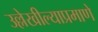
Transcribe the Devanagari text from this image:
उल्लेखील्याप्रमाणे